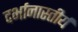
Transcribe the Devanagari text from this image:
दर्भानास्तीर्य